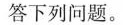
答下列问题。